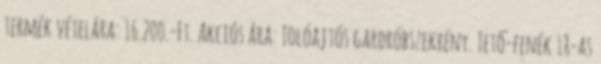
termék vételára: 16.200.-Ft. Akciós ára: Tolóajtós gardróbszekrény. Tető-fenék 18-as